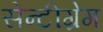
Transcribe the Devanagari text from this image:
सेन्टीग्रेग